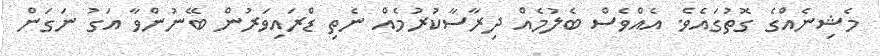
މެޝިނެއްގެ ގޮތުގައެވެ. އެއްވެސް ބެލުމެއް ދިރާސާކުރުމެއް ނެތި ޑްރައިވަރުން ބޭނުންވާ އަގު ނަގަން